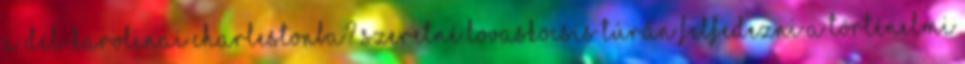
a Dél-karolinai Charlestonba? Szeretné lovaskocsis túrán felfedezni a történelmi